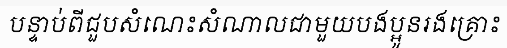
បន្ទាប់ពីជួបសំណេះសំណាលជាមួយបងប្អូនរងគ្រោះ